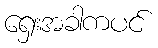
ရှေးအခါကပင်